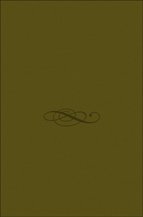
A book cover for ATLAS DE HISTORIA UNIVERSAL Y DE ESPAÃEA (T.1.): EDADES ANTIGUA Y MEDIA (4Âª ED.); JUAN ROIG OBIOL; Travel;